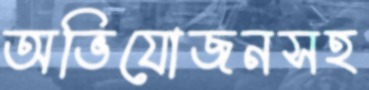
অভিযোজনসহ